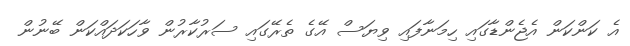
އެ ކަންކަން އެޖެންޑާގައި ހިމަނާފައި ވިޔަސް އޭގެ ތެރޭގައި ސަރުކާރުން ވާހަކަދައްކަން ބޭނުން